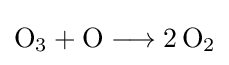
{\mathrm {O} {\vphantom {A}}_{\smash[{t}]{3}}{}+{}\mathrm {O} {}\mathrel {\longrightarrow } {}2\,\mathrm {O} {\vphantom {A}}_{\smash[{t}]{2}}}